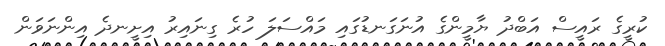
ކުރީގެ ރައީސް އަބްދު ޔާމީންގެ އުނަގަނޑުގައި މައްސަލަ ހުރެ ގިނައިރު އިށީނދެ އިންނަވަން